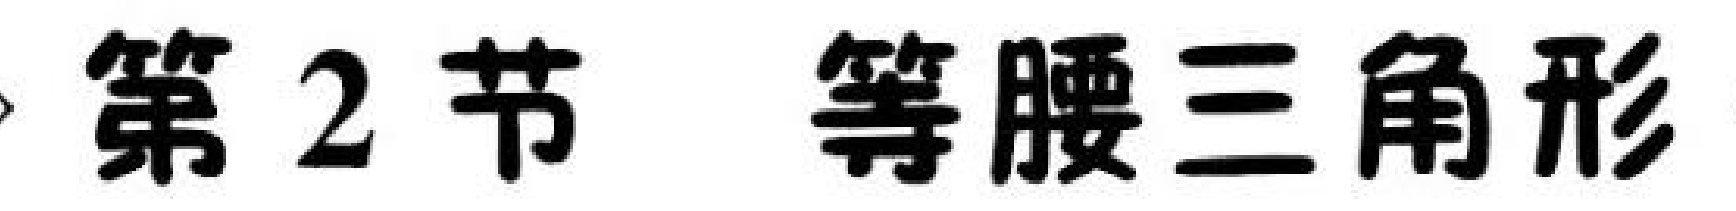
第2节 等腰三角形